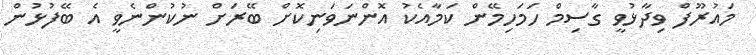
މައުރޫފް ވިދާޅުވީ ގާސިމް ހަމަހިމޭން ކަމާއެކު އޮންނަވަނިކޮށް ބޭރަށް ނުކުންނެވީ އެ ބޭފުޅުން